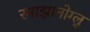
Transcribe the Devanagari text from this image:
रमाझानोग्लु